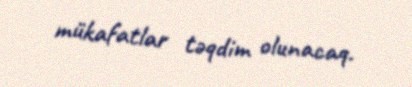
mükafatlar təqdim olunacaq.